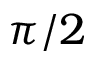
\pi / 2